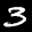
Label: 3